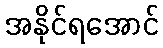
အနိုင်ရအောင်